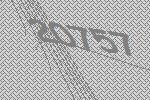
20757